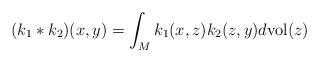
LaTeX: \begin{align*}(k_{1}*k_{2})(x,y)=\int_{M}k_{1}(x,z)k_{2}(z,y) d {\rm vol}(z)\end{align*}